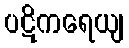
ပဋိကရေယျ